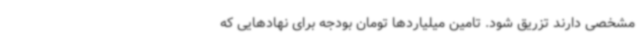
مشخصی دارند تزریق شود. تامین میلیاردها تومان بودجه برای نهادهایی که